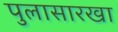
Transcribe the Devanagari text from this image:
पुलासारखा